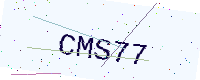
Text: CMS77